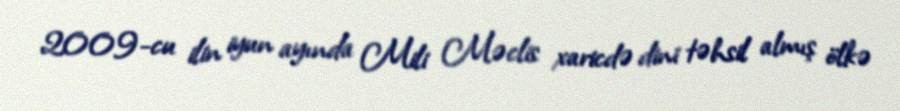
2009-cu ilin iyun ayında Mili Məclis xaricdə dini təhsil almış ölkə